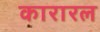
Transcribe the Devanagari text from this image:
कारारल